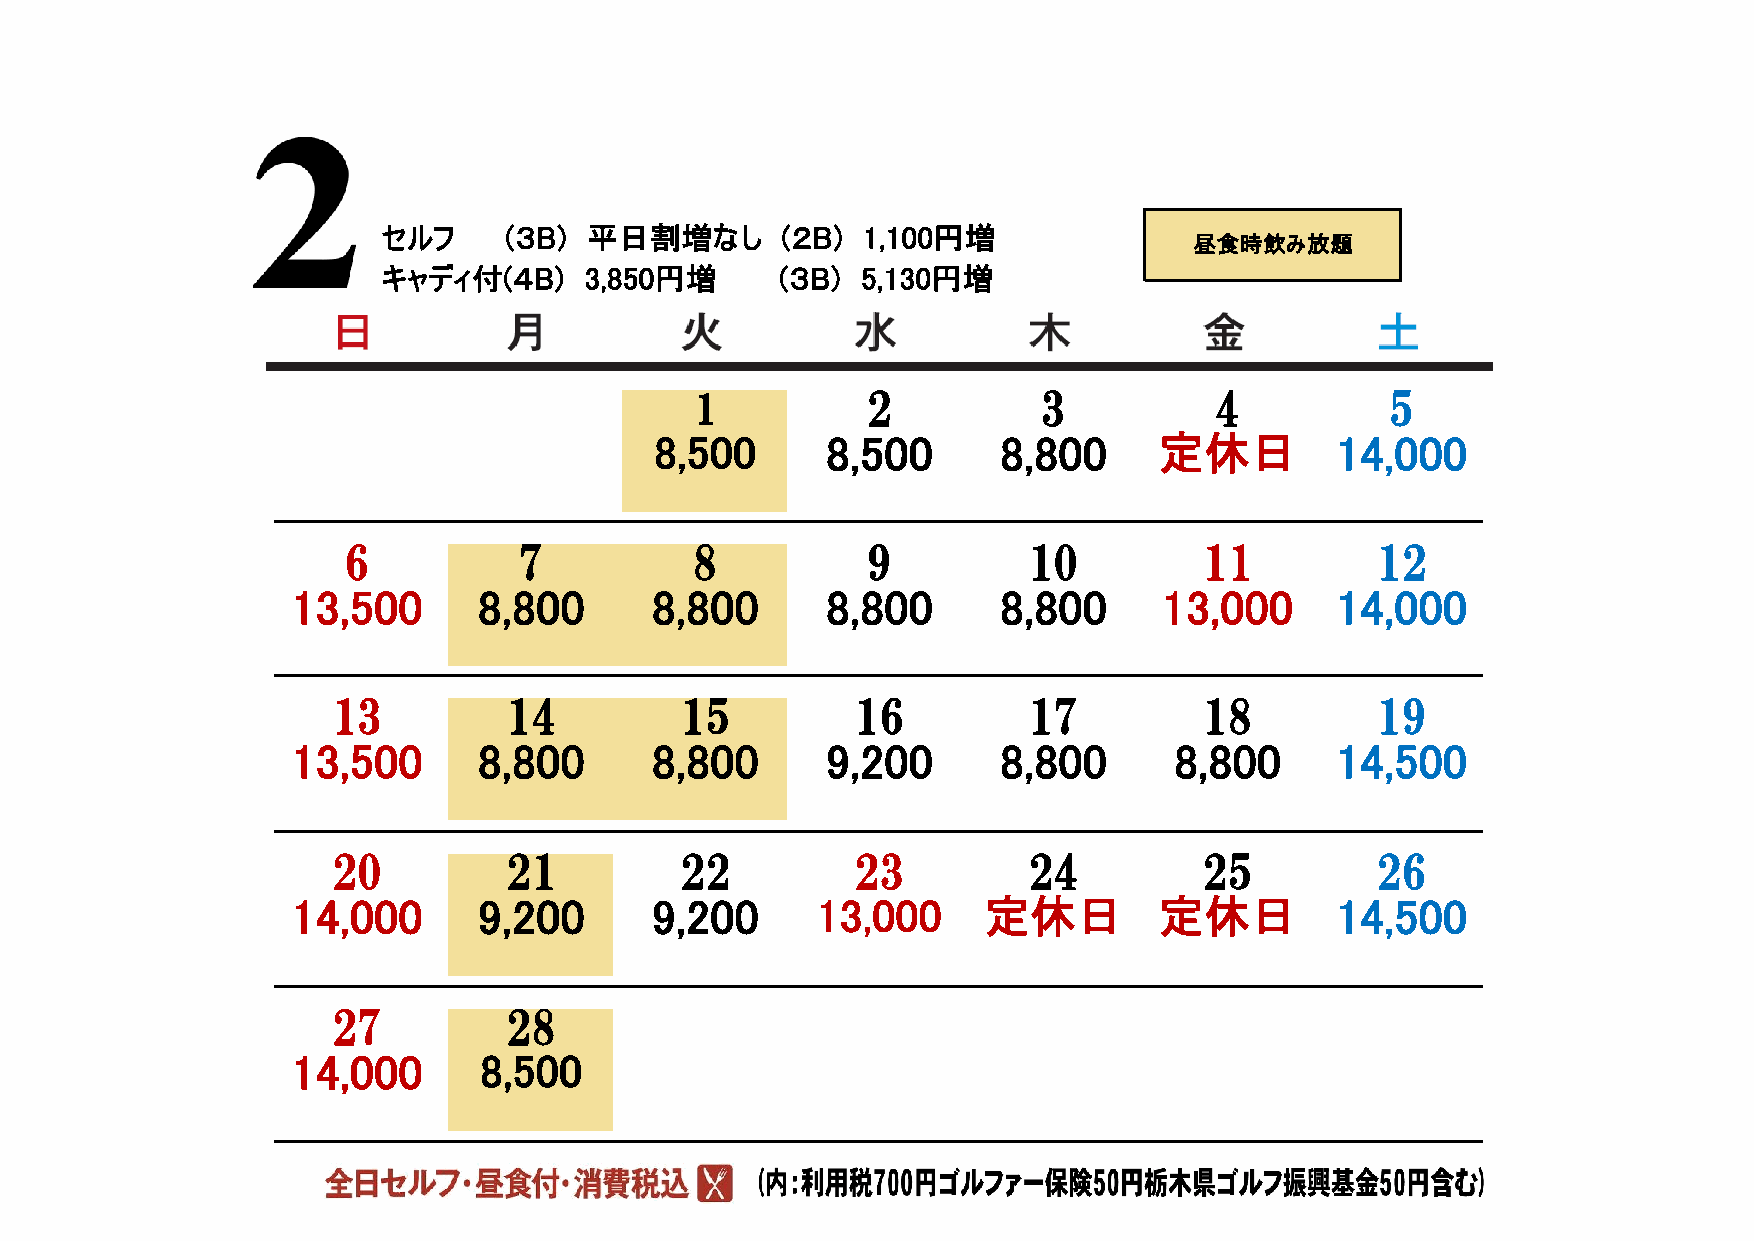
セルフ     (３B)  平日割増なし       (２B) 1,100円増
 昼食時飲み放題
 キャディ付(４B)     3,850円増      (３B) 5,130円増
 1          2           3          4           5
 8,500       8,500      8,800      定休日        14,000
 6          7           8          9          10          11         12
 13,500       8,800      8,800       8,800      8,800      13,000     14,000
 13         14          15          16         17          18         19
 13,500       8,800      8,800       9,200      8,800       8,800     14,500
 20         21          22          23         24          25         26
 14,000       9,200      9,200      13,000     定休日         定休日        14,500
 27         28
 14,000       8,500